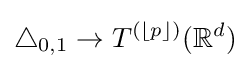
\triangle _{0,1}\to T^{(\lfloor p\rfloor )}(\mathbb {R} ^{d})